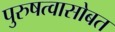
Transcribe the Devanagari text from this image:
पुरुषत्वासोबत